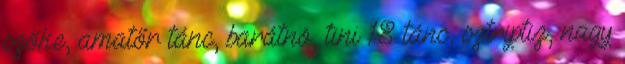
szőke, amatőr tánc, barátnö, tini 18 tánc, sztriptiz, nagy